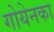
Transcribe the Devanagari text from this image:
गोयेनका